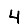
Digit: 4